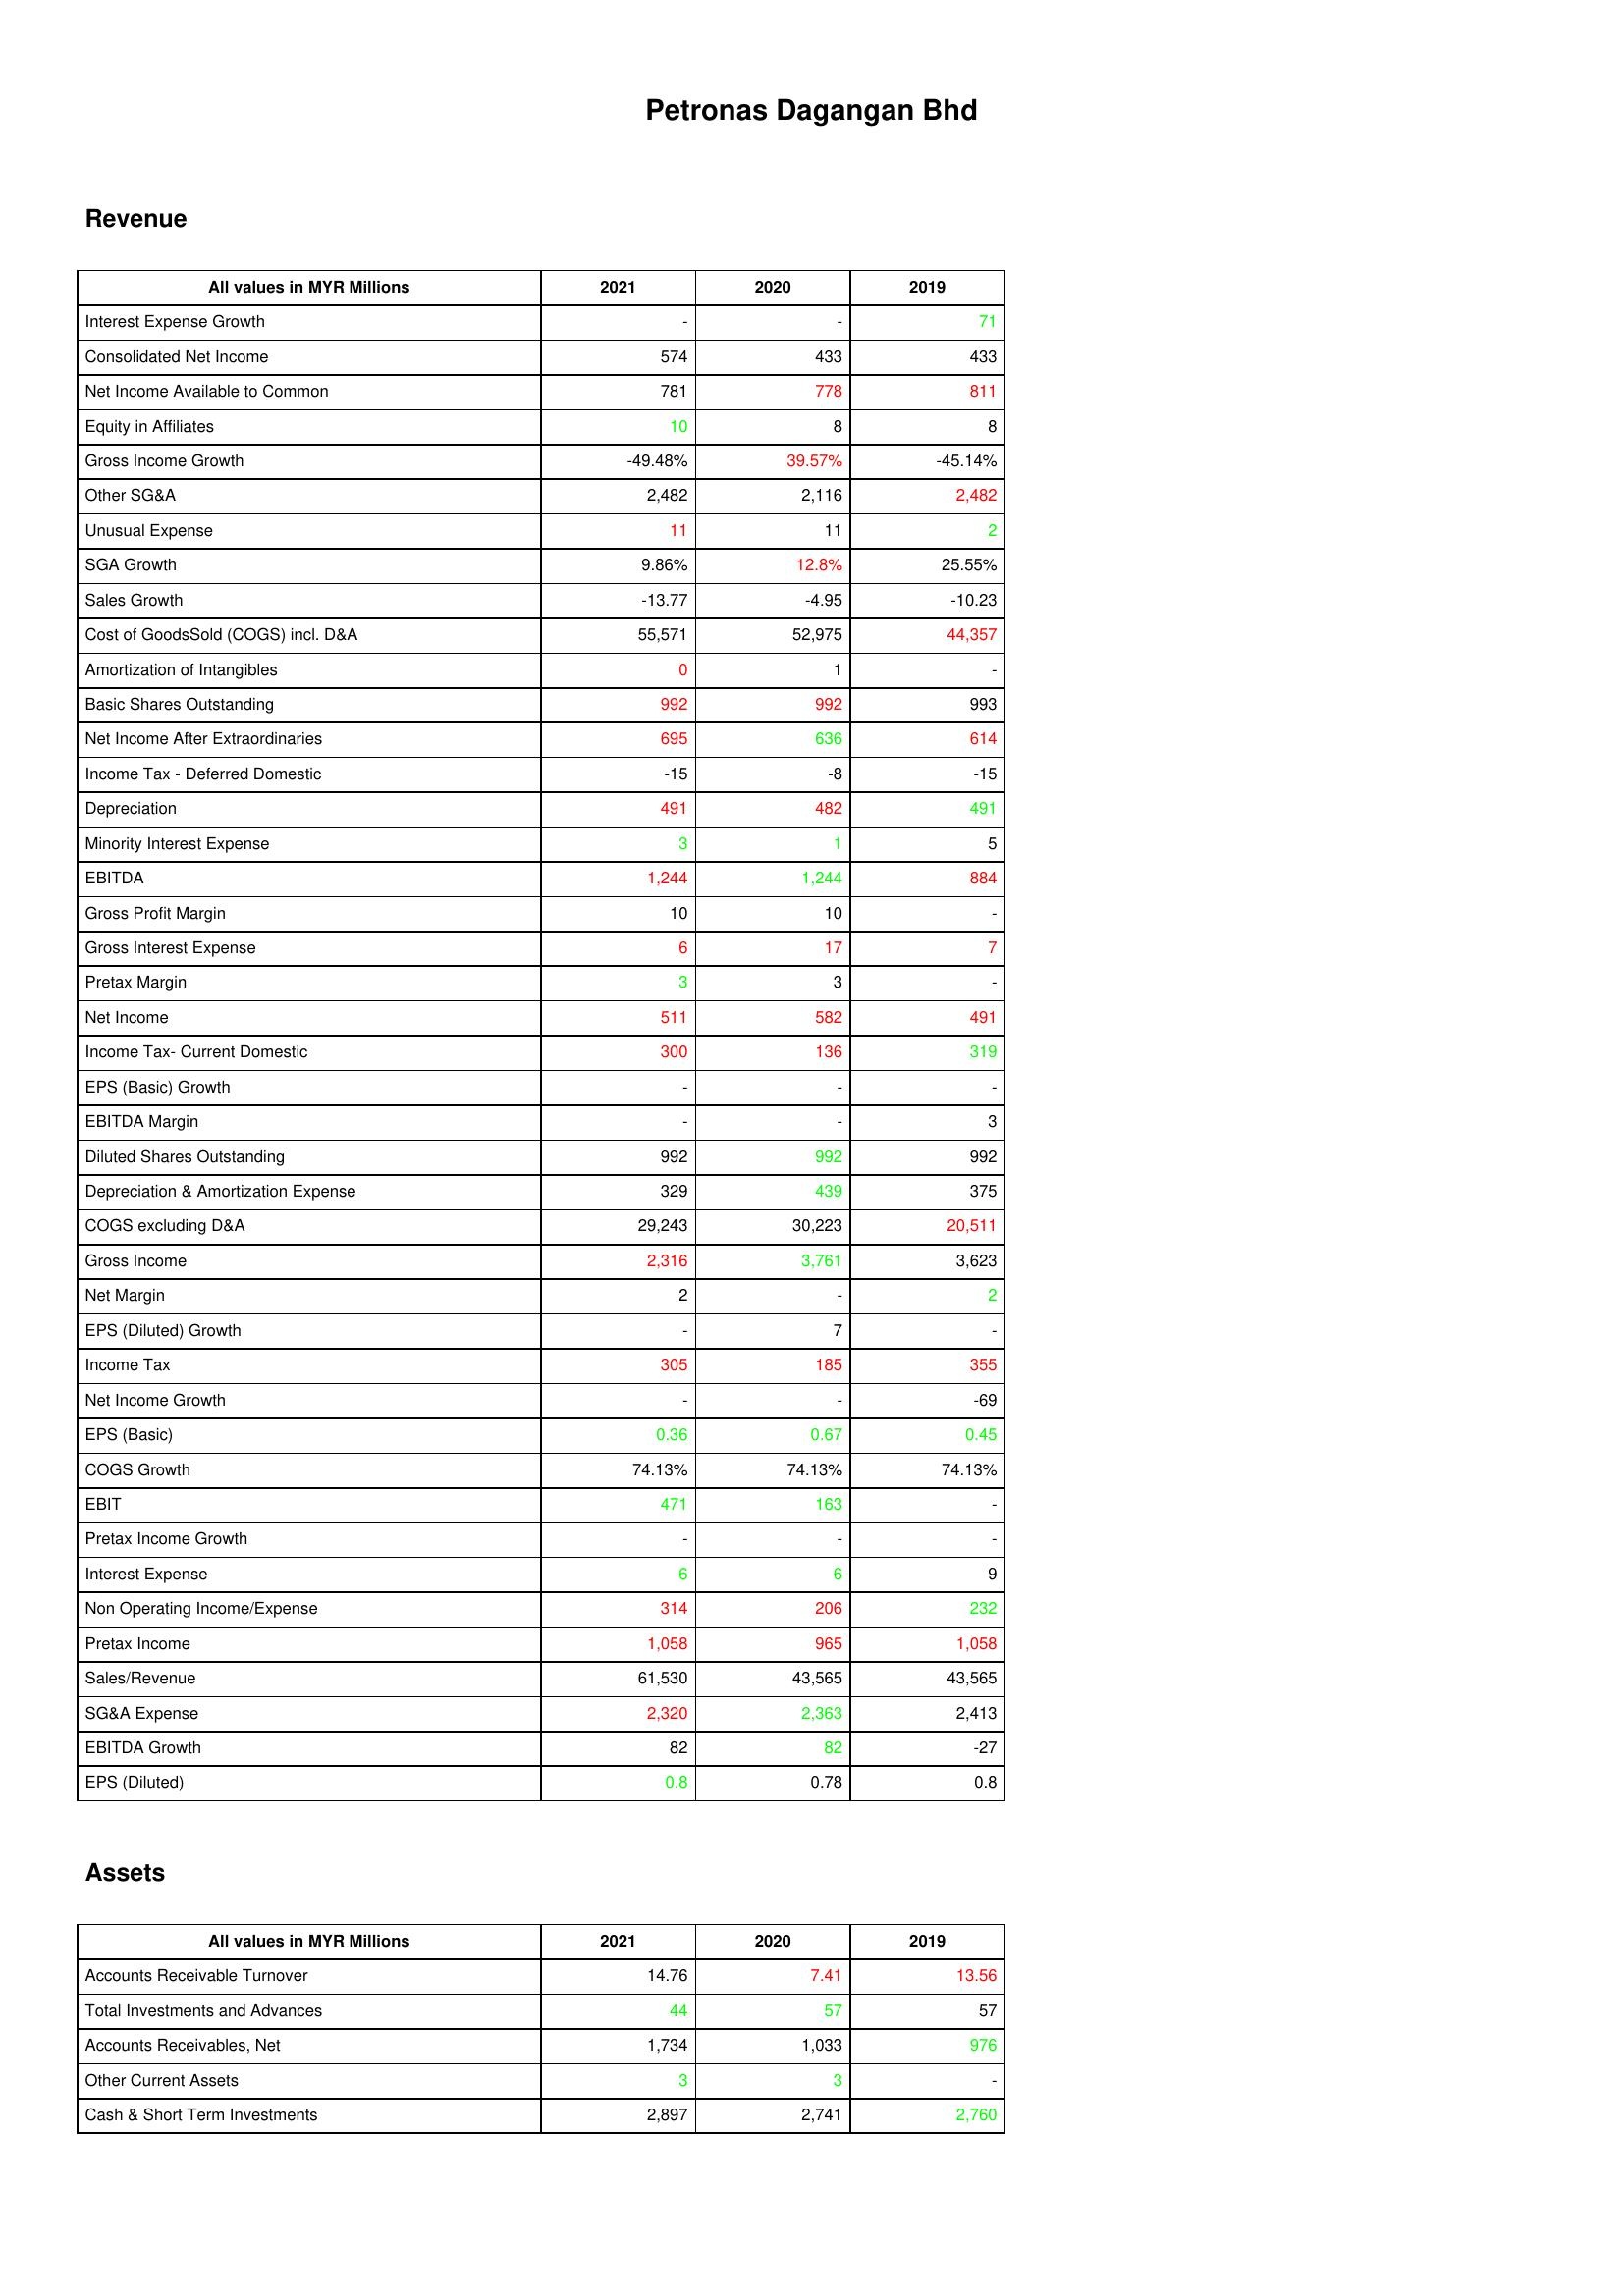
gt_parse: 2021: Revenue: Interest Expense Growth: -
Consolidated Net Income: 574
Net Income Available to Common: 781
Equity in Affiliates: 10
Gross Income Growth: -49.48%
Other SG&A: 2,482
Unusual Expense: 11
SGA Growth: 9.86%
Sales Growth: -13.77
Cost of GoodsSold (COGS) incl. D&A: 55,571
Amortization of Intangibles: 0
Basic Shares Outstanding: 992
Net Income After Extraordinaries: 695
Income Tax - Deferred Domestic: -15
Depreciation: 491
Minority Interest Expense: 3
EBITDA: 1,244
Gross Profit Margin: 10
Gross Interest Expense: 6
Pretax Margin: 3
Net Income: 511
Income Tax- Current Domestic: 300
EPS (Basic) Growth: -
EBITDA Margin: -
Diluted Shares Outstanding: 992
Depreciation & Amortization Expense: 329
COGS excluding D&A: 29,243
Gross Income: 2,316
Net Margin: 2
EPS (Diluted) Growth: -
Income Tax: 305
Net Income Growth: -
EPS (Basic): 0.36
COGS Growth: 74.13%
EBIT: 471
Pretax Income Growth: -
Interest Expense: 6
Non Operating Income/Expense: 314
Pretax Income: 1,058
Sales/Revenue: 61,530
SG&A Expense: 2,320
EBITDA Growth: 82
EPS (Diluted): 0.8
Assets: Accounts Receivable Turnover: 14.76
Total Investments and Advances: 44
Accounts Receivables, Net: 1,734
Other Current Assets: 3
Cash & Short Term Investments: 2,897
2020: Revenue: Interest Expense Growth: -
Consolidated Net Income: 433
Net Income Available to Common: 778
Equity in Affiliates: 8
Gross Income Growth: 39.57%
Other SG&A: 2,116
Unusual Expense: 11
SGA Growth: 12.8%
Sales Growth: -4.95
Cost of GoodsSold (COGS) incl. D&A: 52,975
Amortization of Intangibles: 1
Basic Shares Outstanding: 992
Net Income After Extraordinaries: 636
Income Tax - Deferred Domestic: -8
Depreciation: 482
Minority Interest Expense: 1
EBITDA: 1,244
Gross Profit Margin: 10
Gross Interest Expense: 17
Pretax Margin: 3
Net Income: 582
Income Tax- Current Domestic: 136
EPS (Basic) Growth: -
EBITDA Margin: -
Diluted Shares Outstanding: 992
Depreciation & Amortization Expense: 439
COGS excluding D&A: 30,223
Gross Income: 3,761
Net Margin: -
EPS (Diluted) Growth: 7
Income Tax: 185
Net Income Growth: -
EPS (Basic): 0.67
COGS Growth: 74.13%
EBIT: 163
Pretax Income Growth: -
Interest Expense: 6
Non Operating Income/Expense: 206
Pretax Income: 965
Sales/Revenue: 43,565
SG&A Expense: 2,363
EBITDA Growth: 82
EPS (Diluted): 0.78
Assets: Accounts Receivable Turnover: 7.41
Total Investments and Advances: 57
Accounts Receivables, Net: 1,033
Other Current Assets: 3
Cash & Short Term Investments: 2,741
2019: Revenue: Interest Expense Growth: 71
Consolidated Net Income: 433
Net Income Available to Common: 811
Equity in Affiliates: 8
Gross Income Growth: -45.14%
Other SG&A: 2,482
Unusual Expense: 2
SGA Growth: 25.55%
Sales Growth: -10.23
Cost of GoodsSold (COGS) incl. D&A: 44,357
Amortization of Intangibles: -
Basic Shares Outstanding: 993
Net Income After Extraordinaries: 614
Income Tax - Deferred Domestic: -15
Depreciation: 491
Minority Interest Expense: 5
EBITDA: 884
Gross Profit Margin: -
Gross Interest Expense: 7
Pretax Margin: -
Net Income: 491
Income Tax- Current Domestic: 319
EPS (Basic) Growth: -
EBITDA Margin: 3
Diluted Shares Outstanding: 992
Depreciation & Amortization Expense: 375
COGS excluding D&A: 20,511
Gross Income: 3,623
Net Margin: 2
EPS (Diluted) Growth: -
Income Tax: 355
Net Income Growth: -69
EPS (Basic): 0.45
COGS Growth: 74.13%
EBIT: -
Pretax Income Growth: -
Interest Expense: 9
Non Operating Income/Expense: 232
Pretax Income: 1,058
Sales/Revenue: 43,565
SG&A Expense: 2,413
EBITDA Growth: -27
EPS (Diluted): 0.8
Assets: Accounts Receivable Turnover: 13.56
Total Investments and Advances: 57
Accounts Receivables, Net: 976
Other Current Assets: -
Cash & Short Term Investments: 2,760